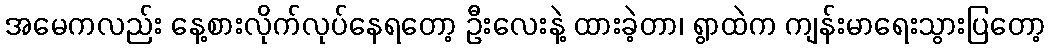
အမေကလည်း နေ့စားလိုက်လုပ်နေရတော့ ဦးလေးနဲ့ ထားခဲ့တာ၊ ရွာထဲက ကျန်းမာရေးသွားပြတော့